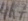
Text: 4K7